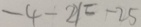
- 4 - 2 1 = - 2 5